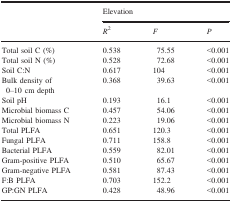
<table><thead><tr><td></td><td colspan="3"><b>Elevation</b></td></tr><tr><td><b><i>R</i><sup>2</sup></b></td><td><b><i>F</i></b></td><td><b><i>P</i></b></td><td></td></tr></thead><tbody><tr><td>Total soil C (%)</td><td>0.538</td><td>75.55</td><td>&lt;0.001</td></tr><tr><td>Total soil N (%)</td><td>0.528</td><td>72.68</td><td>&lt;0.001</td></tr><tr><td>Soil C:N</td><td>0.617</td><td>104</td><td>&lt;0.001</td></tr><tr><td>Bulk density of 0–10 cm depth</td><td>0.368</td><td>39.63</td><td>&lt;0.001</td></tr><tr><td>Soil pH</td><td>0.193</td><td>16.1</td><td>&lt;0.001</td></tr><tr><td>Microbial biomass C</td><td>0.457</td><td>54.06</td><td>&lt;0.001</td></tr><tr><td>Microbial biomass N</td><td>0.223</td><td>19.06</td><td>&lt;0.001</td></tr><tr><td>Total PLFA</td><td>0.651</td><td>120.3</td><td>&lt;0.001</td></tr><tr><td>Fungal PLFA</td><td>0.711</td><td>158.8</td><td>&lt;0.001</td></tr><tr><td>Bacterial PLFA</td><td>0.559</td><td>82.01</td><td>&lt;0.001</td></tr><tr><td>Gram-positive PLFA</td><td>0.510</td><td>65.67</td><td>&lt;0.001</td></tr><tr><td>Gram-negative PLFA</td><td>0.581</td><td>87.43</td><td>&lt;0.001</td></tr><tr><td>F:B PLFA</td><td>0.703</td><td>152.2</td><td>&lt;0.001</td></tr><tr><td>GP:GN PLFA</td><td>0.428</td><td>48.96</td><td>&lt;0.001</td></tr></tbody></table>